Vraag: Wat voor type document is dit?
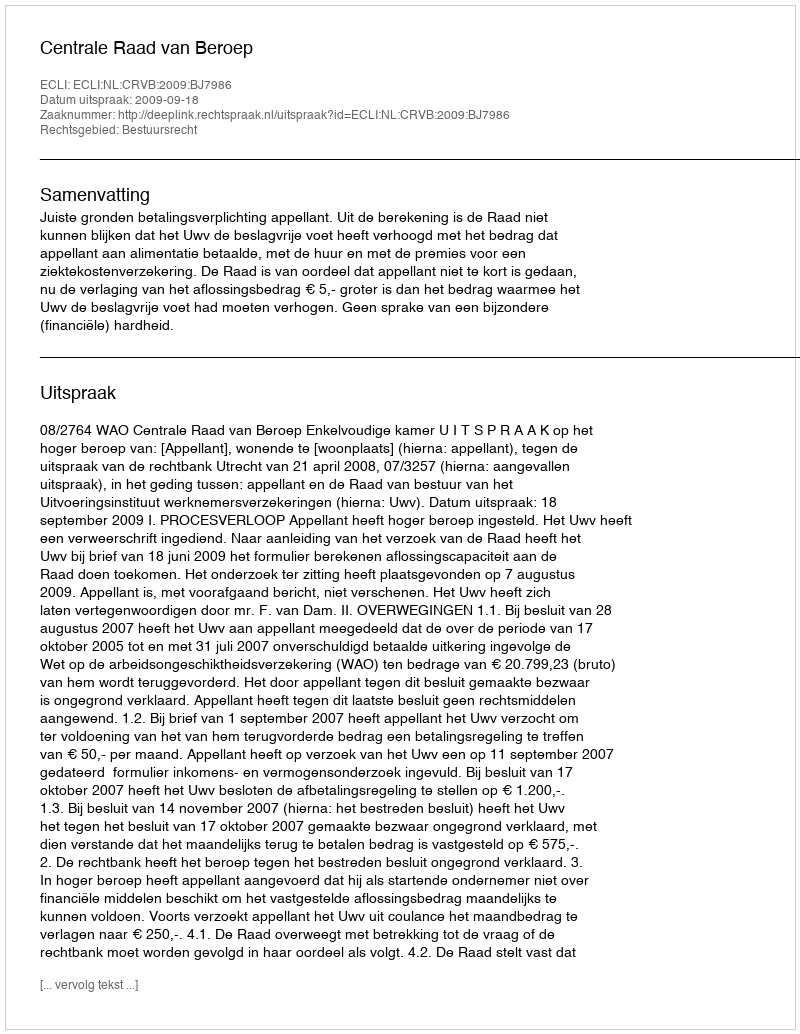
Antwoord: Uitspraak